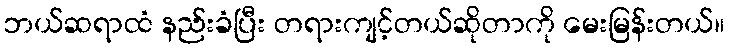
ဘယ်ဆရာထံ နည်းခံပြီး တရားကျင့်တယ်ဆိုတာကို မေးမြန်းတယ်။